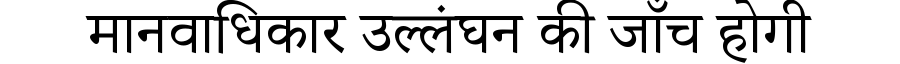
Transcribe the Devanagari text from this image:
मानवाधिकार उल्लंघन की जाँच होगी